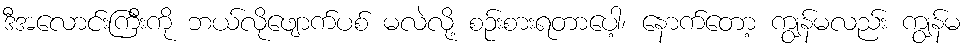
ဒီအလောင်းကြီးကို ဘယ်လိုဖျောက်ပစ် မလဲလို့ စဉ်းစားရတာပေါ့၊ နောက်တော့ ကျွန်မလည်း ကျွန်မ